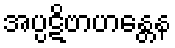
အပ္ပဋိဗာဟန္တေန